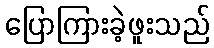
ပြောကြားခဲ့ဖူးသည်